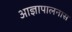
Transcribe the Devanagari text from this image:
आज्ञापालनास